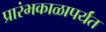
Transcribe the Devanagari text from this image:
प्रारंभकाळापर्यंत